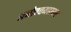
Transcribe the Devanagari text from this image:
अनोतत्तमहासर